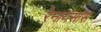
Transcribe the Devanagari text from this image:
रेनायसांस